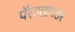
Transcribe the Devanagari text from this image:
पॅराग्लायडर